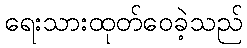
ရေးသားထုတ်ဝေခဲ့သည်